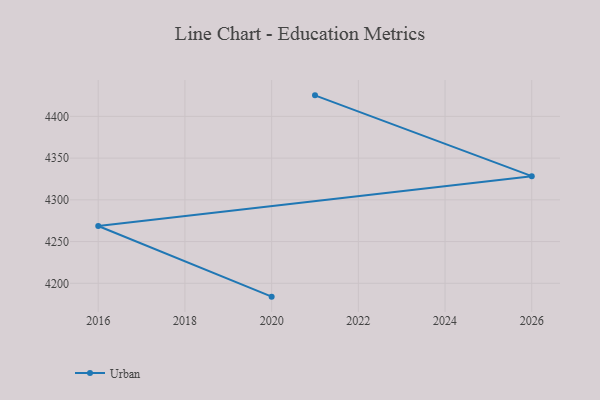
{"axis": {"x": "Year", "y": "Population (Million)"}, "legend": ["Urban"], "data": [{"x": "2020", "y": 4184.0, "type": "Urban"}, {"x": "2016", "y": 4268.6, "type": "Urban"}, {"x": "2026", "y": 4328.4, "type": "Urban"}, {"x": "2021", "y": 4425.2, "type": "Urban"}]}